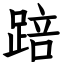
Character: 踣